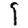
Digit: 9